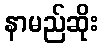
နာမည်ဆိုး